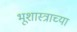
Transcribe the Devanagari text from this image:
भूशास्त्राच्या